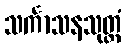
သင်္ကာသနသုတ္တံ